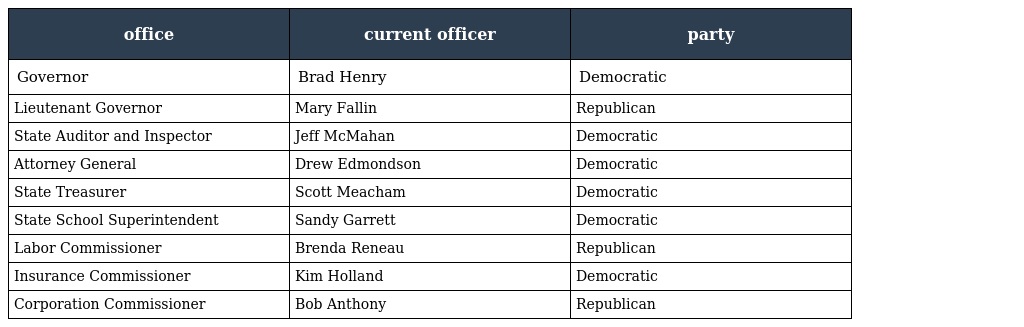
| office | current officer | party |
 | --- | --- | --- |
 | Governor | Brad Henry | Democratic |
 | Lieutenant Governor | Mary Fallin | Republican |
 | State Auditor and Inspector | Jeff McMahan | Democratic |
 | Attorney General | Drew Edmondson | Democratic |
 | State Treasurer | Scott Meacham | Democratic |
 | State School Superintendent | Sandy Garrett | Democratic |
 | Labor Commissioner | Brenda Reneau | Republican |
 | Insurance Commissioner | Kim Holland | Democratic |
 | Corporation Commissioner | Bob Anthony | Republican |